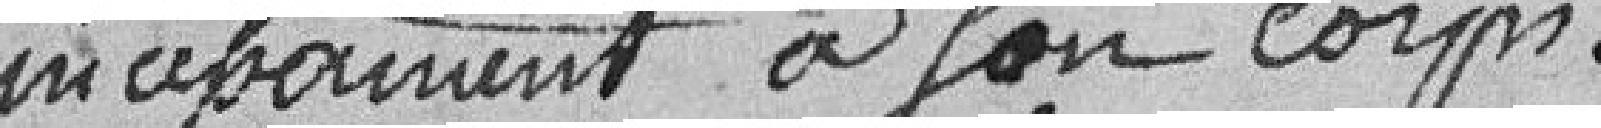
incessamment à son corps.